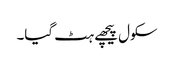
سکول پیچھے ہٹ گیا۔